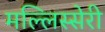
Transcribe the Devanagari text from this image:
मल्लिस्सेरी